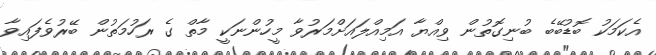
އެކަމަކު ބޮޑުބޭބެ ބުނިގޮތުން ވިއްޔާ އަމިއްލައަށްމަރުވާ މީހުންނަކީ މާތް ގެ ރަހުމަތުން ބޭރުވެފައިވާ